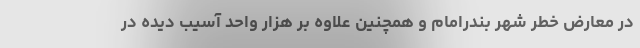
در معارض خطر شهر بندرامام و همچنین علاوه بر هزار واحد آسیب دیده در